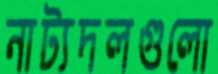
নাট্যদলগুলো